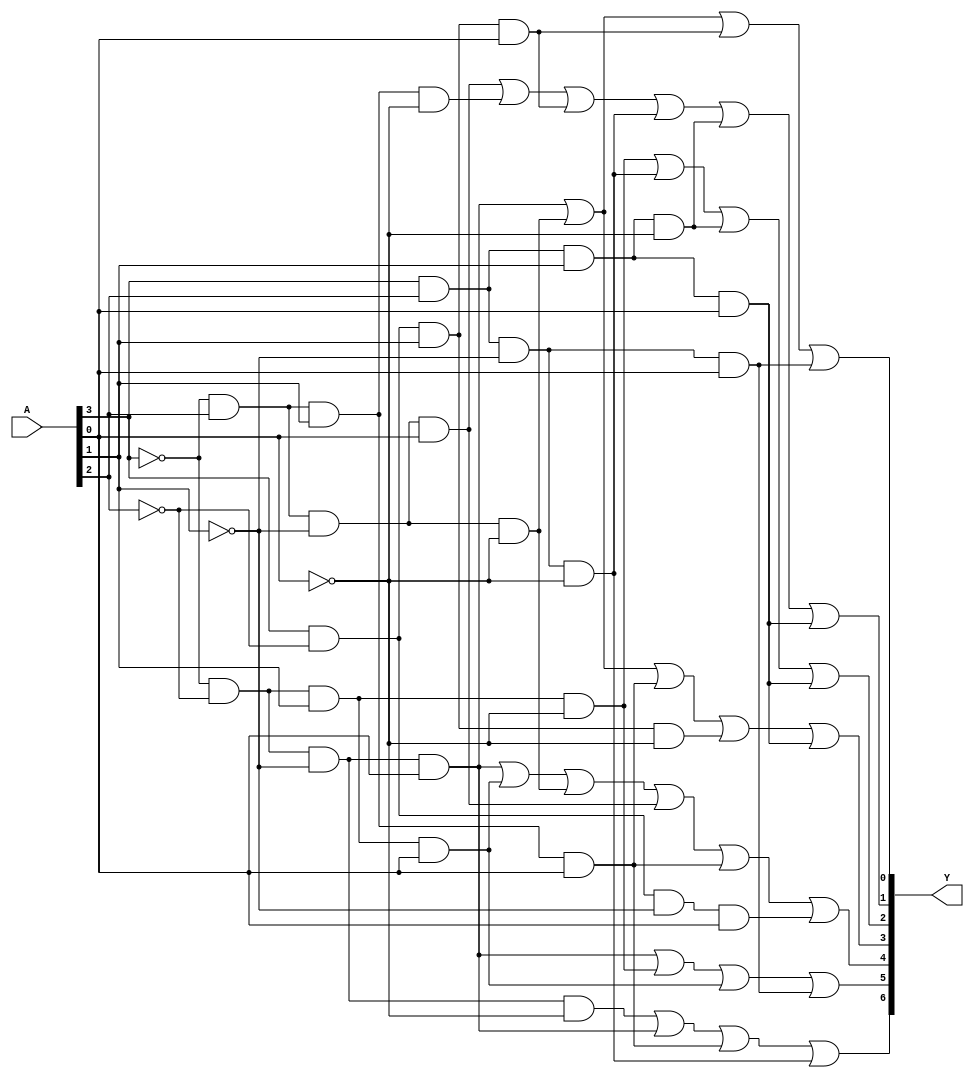
module display7seg	(
					input  [3:0]A,
					output [6:0]Y
					);
   
assign Y[6]= ~A[3]&~A[2]&~A[1]&~A[0] | ~A[3]&~A[2]&~A[1]&A[0] | ~A[3]&A[2]&A[1]&A[0] | A[3]&A[2]&~A[1]&~A[0];
       
assign Y[5]= ~A[3]&~A[2]&~A[1]&A[0] | ~A[3]&~A[2]&A[1]&~A[0] | ~A[3]&~A[2]&A[1]&A[0] | A[3]&A[2]&~A[1]&A[0];
            
assign Y[4]= ~A[3]&~A[2]&~A[1]&A[0] | ~A[3]&~A[2]&A[1]&A[0] | ~A[3]&A[2]&~A[1]&~A[0] | ~A[3]&A[2]&~A[1]&A[0] | ~A[3]&A[2]&A[1]&A[0] | A[3]&~A[2]&~A[1]&A[0]; 

assign Y[3]= ~A[3]&~A[2]&~A[1]&A[0] | ~A[3]&A[2]&~A[1]&~A[0] | ~A[3]&A[2]&A[1]&A[0] | A[3]&~A[2]&A[1]&~A[0] | A[3]&A[2]&A[1]&A[0];

assign Y[2]= ~A[3]&~A[2]&A[1]&~A[0] | A[3]&A[2]&~A[1]&~A[0] | A[3]&A[2]&A[1]&~A[0] | A[3]&A[2]&A[1]&A[0]; 

assign Y[1]= ~A[3]&A[2]&~A[1]&A[0] | ~A[3]&A[2]&A[1]&~A[0] | A[3]&~A[2]&A[1]&A[0] | A[3]&A[2]&~A[1]&~A[0] | A[3]&A[2]&A[1]&~A[0] | A[3]&A[2]&A[1]&A[0];

assign Y[0]= ~A[3]&~A[2]&~A[1]&A[0] | ~A[3]&A[2]&~A[1]&~A[0] | A[3]&~A[2]&A[1]&A[0] | A[3]&A[2]&~A[1]&A[0]; 

endmodule